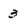
Character: 3